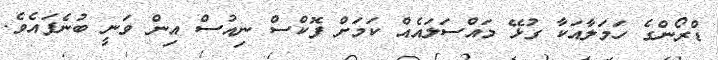
ޑްރޯންގެ ހަމަލާއަކާ ގުޅޭ މައްސަލައެއް ކަމަށް ފޮކްސް ނިއުސް އިން ވަނީ ބުނެފައެވެ.